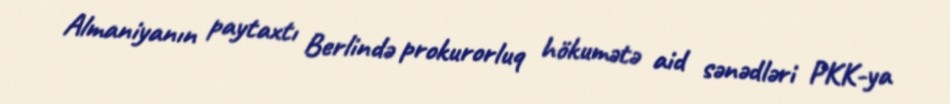
Almaniyanın paytaxtı Berlində prokurorluq hökumətə aid sənədləri PKK-ya